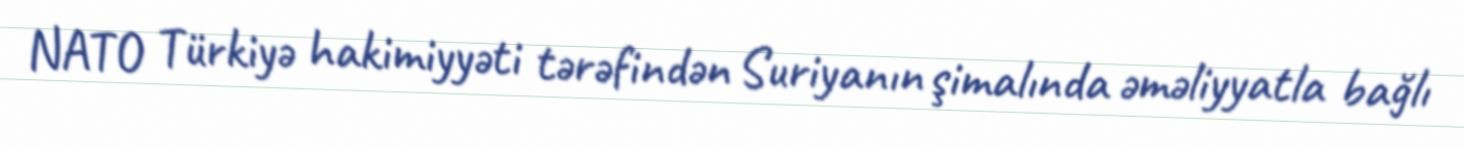
NATO Türkiyə hakimiyyəti tərəfindən Suriyanın şimalında əməliyyatla bağlı